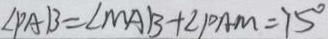
\angle P A B = \angle M A B + \angle P A M = 7 5 ^ { \circ }